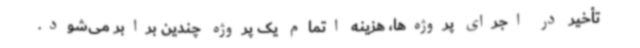
تأخیر در اجرای پروژه‌ها، هزینه‌ اتمام یک پروژه‌ چندین برابر می‌شود.